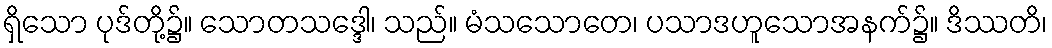
ရှိသော ပုဒ်တို့၌။ သောတသဒ္ဒေါ၊ သည်။ မံသသောတေ၊ ပသာဒဟူသောအနက်၌။ ဒိဿတိ၊